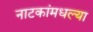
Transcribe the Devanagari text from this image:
नाटकांमधल्या